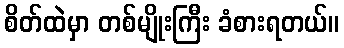
စိတ်ထဲမှာ တစ်မျိုးကြီး ခံစားရတယ်။